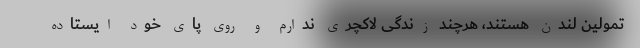
تمولین لندن هستند، هرچند زندگی لاکچری ندارم و روی پای خود ایستاده